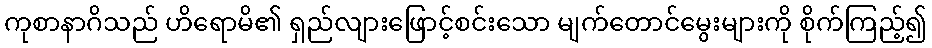
ကုစာနာဂိသည် ဟိရောမိ၏ ရှည်လျားဖြောင့်စင်းသော မျက်တောင်မွေးများကို စိုက်ကြည့်၍